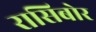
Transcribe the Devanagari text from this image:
रासिबोर